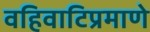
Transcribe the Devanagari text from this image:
वहिवाटिप्रमाणे